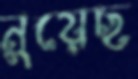
নুয়েছ